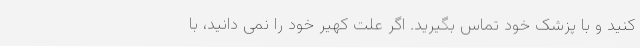
کنید و با پزشک خود تماس بگیرید. اگر علت کهیر خود را نمی دانید، با